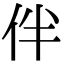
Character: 伴